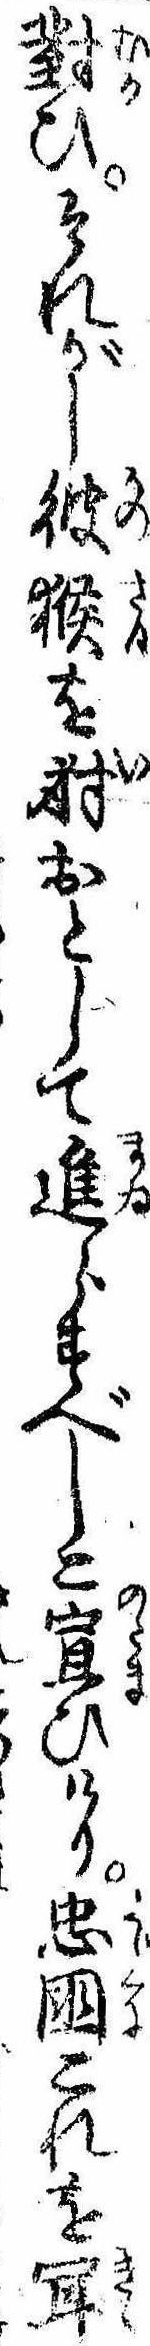
対ひそれがし彼猴を射おとして進らすべしと宣ひけり忠国これを聞